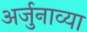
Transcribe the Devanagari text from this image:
अर्जुनाव्या